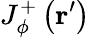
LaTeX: J_{\phi}^{+}\left(\mathbf{r}^{\prime}\right)